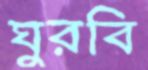
ঘুরবি